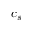
c _ { s }